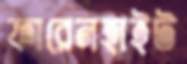
ফারেনহাইট